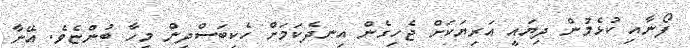
ފޯނާއި ކުޅެމުން ދިޔައީ އަރިޔަކަށް ޖެހިގެން އިނދެކަމަށް ހެކިބަސްދިން މީހާ ބުންޏެވެ. އޭނާ